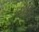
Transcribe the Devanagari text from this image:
तश्रीह